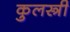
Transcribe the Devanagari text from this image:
कुलस्त्री